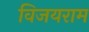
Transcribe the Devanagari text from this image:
विजयराम